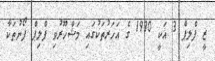
ޒީ ފްލިޕް 3 އަކީ 1990 ގެ އަހަރުތަކުގައި މަޝްހޫރުވި ފްލިޕް ފޯނުތަކާ